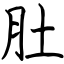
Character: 肚